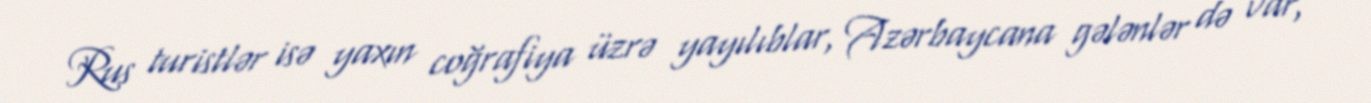
Rus turistlər isə yaxın coğrafiya üzrə yayılıblar, Azərbaycana gələnlər də var,